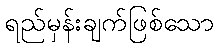
ရည်မှန်းချက်ဖြစ်သော